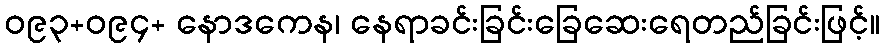
ဝ၉၃+ဝ၉၄+ နောဒကေန၊ နေရာခင်းခြင်းခြေဆေးရေတည်ခြင်းဖြင့်။